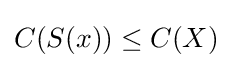
C(S(x))\leq C(X)